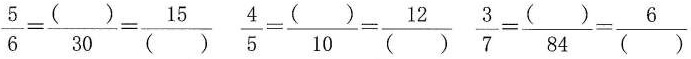
$$\frac { 5 } { 6 } = \frac { ( ) } { 3 0 } = \frac { 1 5 } { ( ) }$$ $$\frac { 4 } { 5 } =